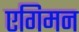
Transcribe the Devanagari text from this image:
एगिमन